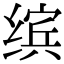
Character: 缤